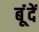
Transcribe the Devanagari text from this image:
बूंंदें